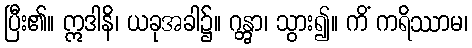
ပြီး၏။ ဣဒါနိ၊ ယခုအခါ၌။ ဂန္တွာ၊ သွား၍။ ကိံ ကရိဿာမ၊